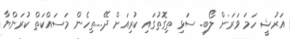
އަރުޝީ ހަމަ ވަރަށް ލޯބި. ސަޅި ތިގޮތުގައި ކުރިއަށް ދޭ....ތިހެން މަސައްކަތް ކުރަންޔާ